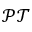
\mathcal { P T }